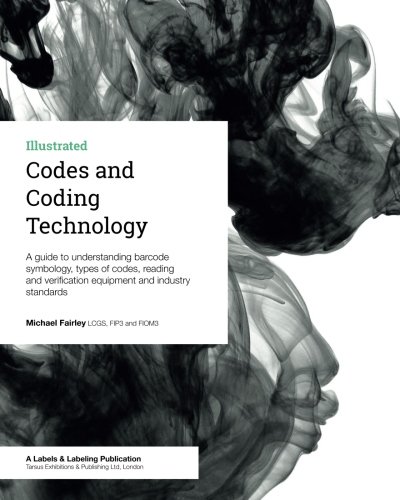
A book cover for Codes and Coding Technology; Michael Fairley; Engineering & Transportation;